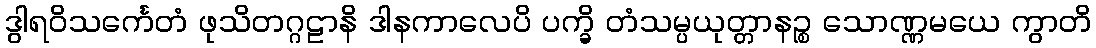
ဒွါရဝိသင်္ကေတံ ဖုသိတဂ္ဂဠာနိ ဒါနကာလေပိ ပက္ခိ တံသမ္ပယုတ္တာနဉ္စ သောဏ္ဏမယေ ကွာတိ